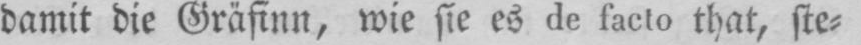
damit die Gräfinn, wie sie es de facto that, ste⸗